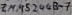
Text: ZMM5244B-7